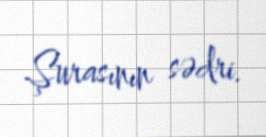
Şurasının sədri.